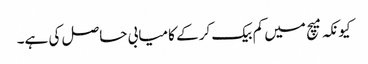
کیونکہ میچ میں کم بیک کر کے کامیابی حاصل کی ہے۔